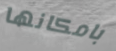
بامكانها